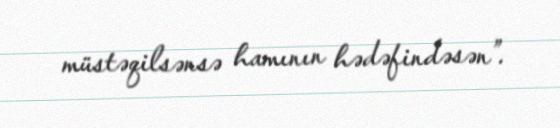
müstəqilsənsə hamının hədəfindəsən”.